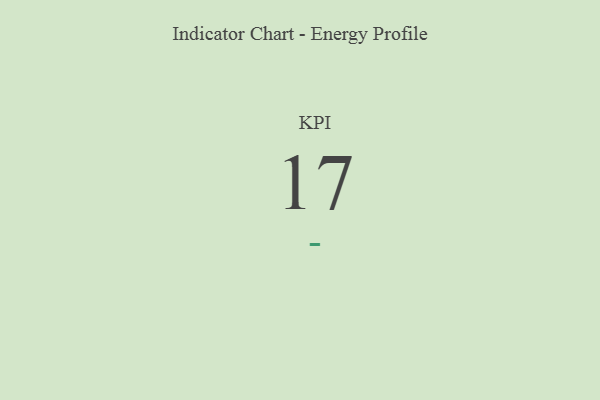
{"axis": {"x": "KPI", "y": "Value"}, "legend": [""], "data": [{"x": "KPI", "y": 17, "type": ""}]}